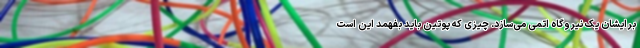
برایشان یک نیروگاه اتمی می‌سازد. چیزی که پوتین باید بفهمد این است